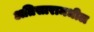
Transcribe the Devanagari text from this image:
अतिसारामधील